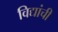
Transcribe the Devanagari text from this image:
विद्यांची